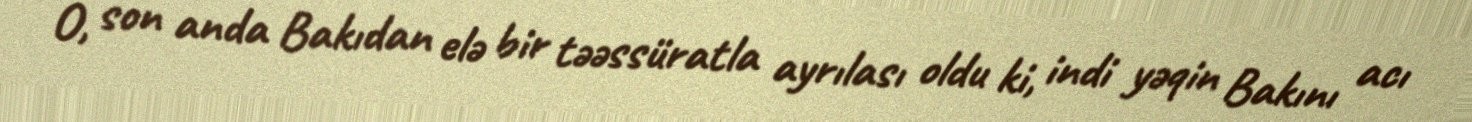
O, son anda Bakıdan elə bir təəssüratla ayrılası oldu ki, indi yəqin Bakını acı